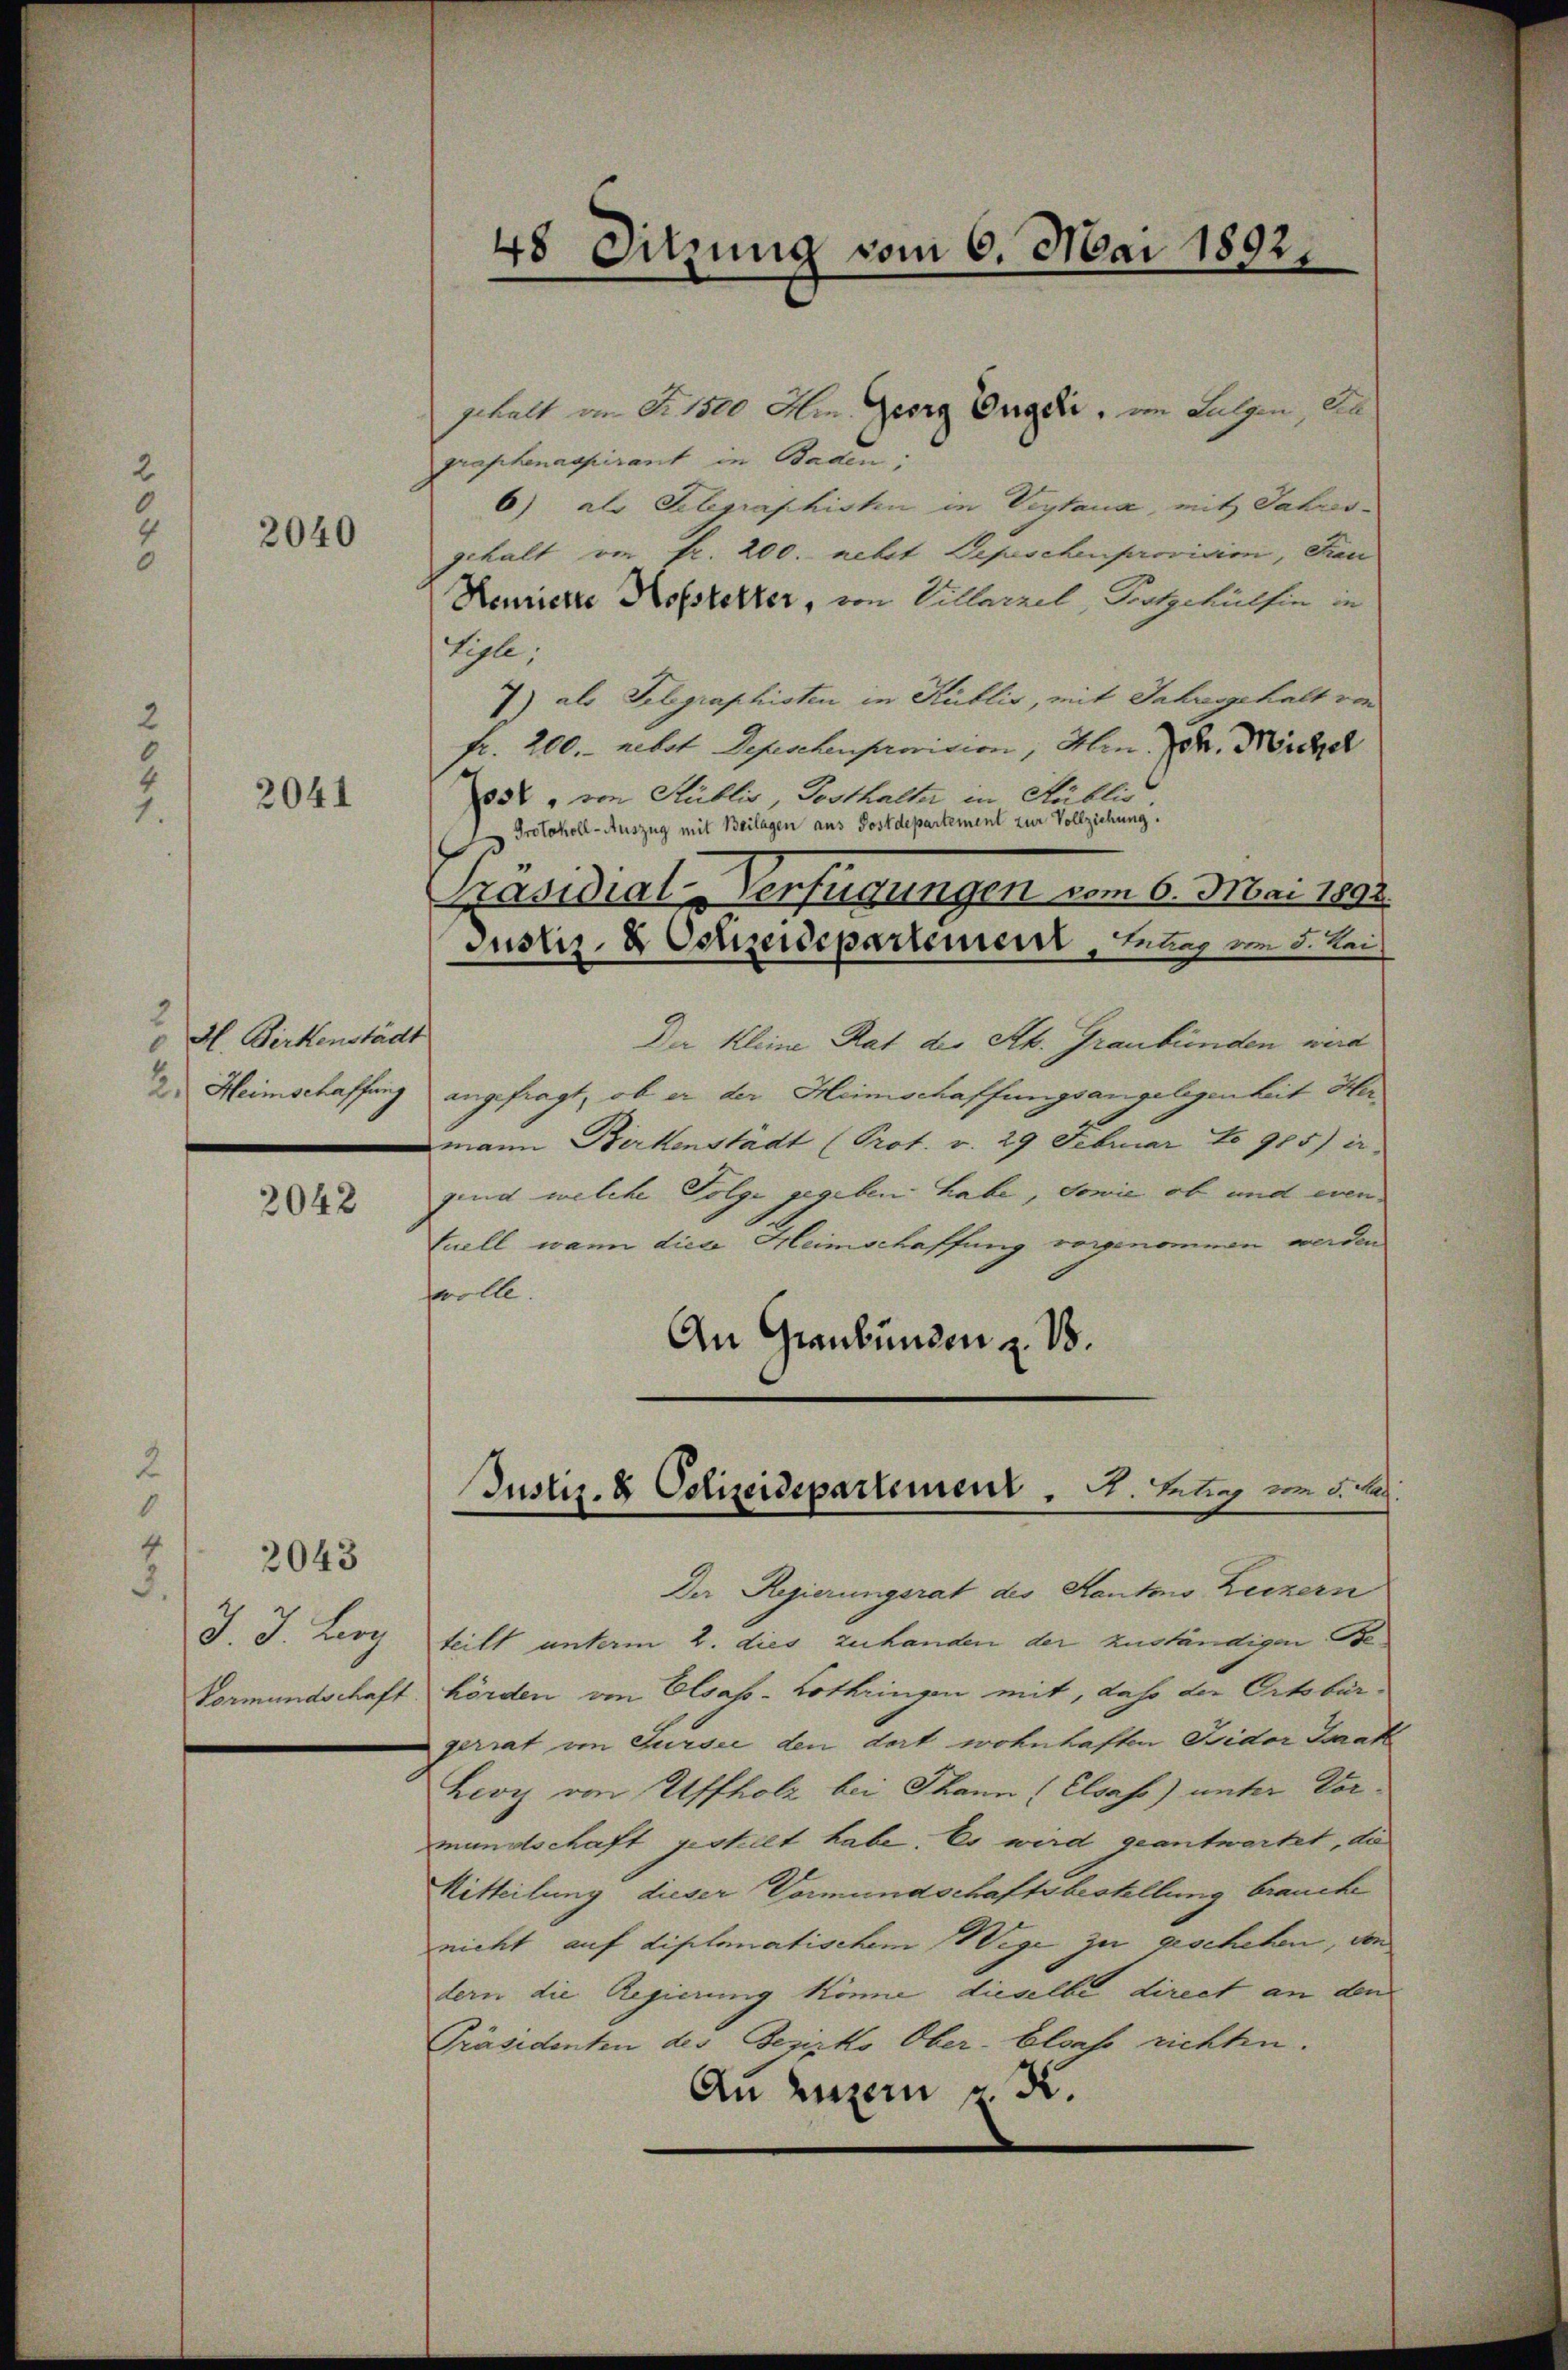
2
8

0
2.

2040

2041

2
 H. Birkenstädt

2042

0
2
2043
¬
J. J. Larg

gehalt von Fr. 1500 Am. Georg Ongdii, im Fulgen, den
graphenaspirant in Baden;
6) als Telegraphisten in Veytaua, mit Jahresgehalt von fr. 200. nebst Depeschenprovision, Fac
Kemnierte Kosszetter, von Villarzel, Trotgehülfen in
Aigle,
7) als Telegraphisten in Kublis, mit Jahresgehalt von
fr. 200. nebst Depeschenprovision Hrn. F. Michel
858, von Sublic, Posthalter in Kublic
Protokoll-Auszug mit Beilagen aus Postdepartement zur Vollziehung.
äsidial-Verfügungen vom 6. Mai 1893.
Justiz- & Polizeidepartement, Leber vom 3. Lei
Der Kleine Rat der Ah. Graubünden wird
2. Heimschaffung angefragt, ob er der Heimschaffungsangelegenheit Hermann Kerkenstädt (Prot. v. 29 Februar No 985) er
gind welche Folge gegeben habe, sowie ob und even
Cuell wann diese Heimschaffung vorgenommen werden
wolle. |
An Graubünden z. B.

48 Sitzung vom 6. Mai 1892.

Justiz- & Polizeidepartement . . Betrag vom 5. huj.

Der Regierungsrat des Hautono Leczern
teilt unterm 2. dies zu handen der zuständigen Be¬
Vormundschaft hörden von Elsass-Lothringen mit, das der Ortsbürgerrat von Sursee den dort wohnhaften Fridor Parak
Levyz von Affholz bei Thann (Elsass) unter Vormundschaft gestellt habe. Es wird geantwortet, di
Mitteilung dieser Vormundschaftsbestellung braucke
nicht auf diplomatischem Wege zu erschehen, von
dern die Regierung könne, dieselbe direct an den
Präsidenten des Bezirko Ober-Elsas richten.
An Luzern K. K.